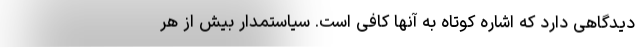
دیدگاهی دارد که اشاره کوتاه به آنها کافی است. سیاستمدار بیش از هر